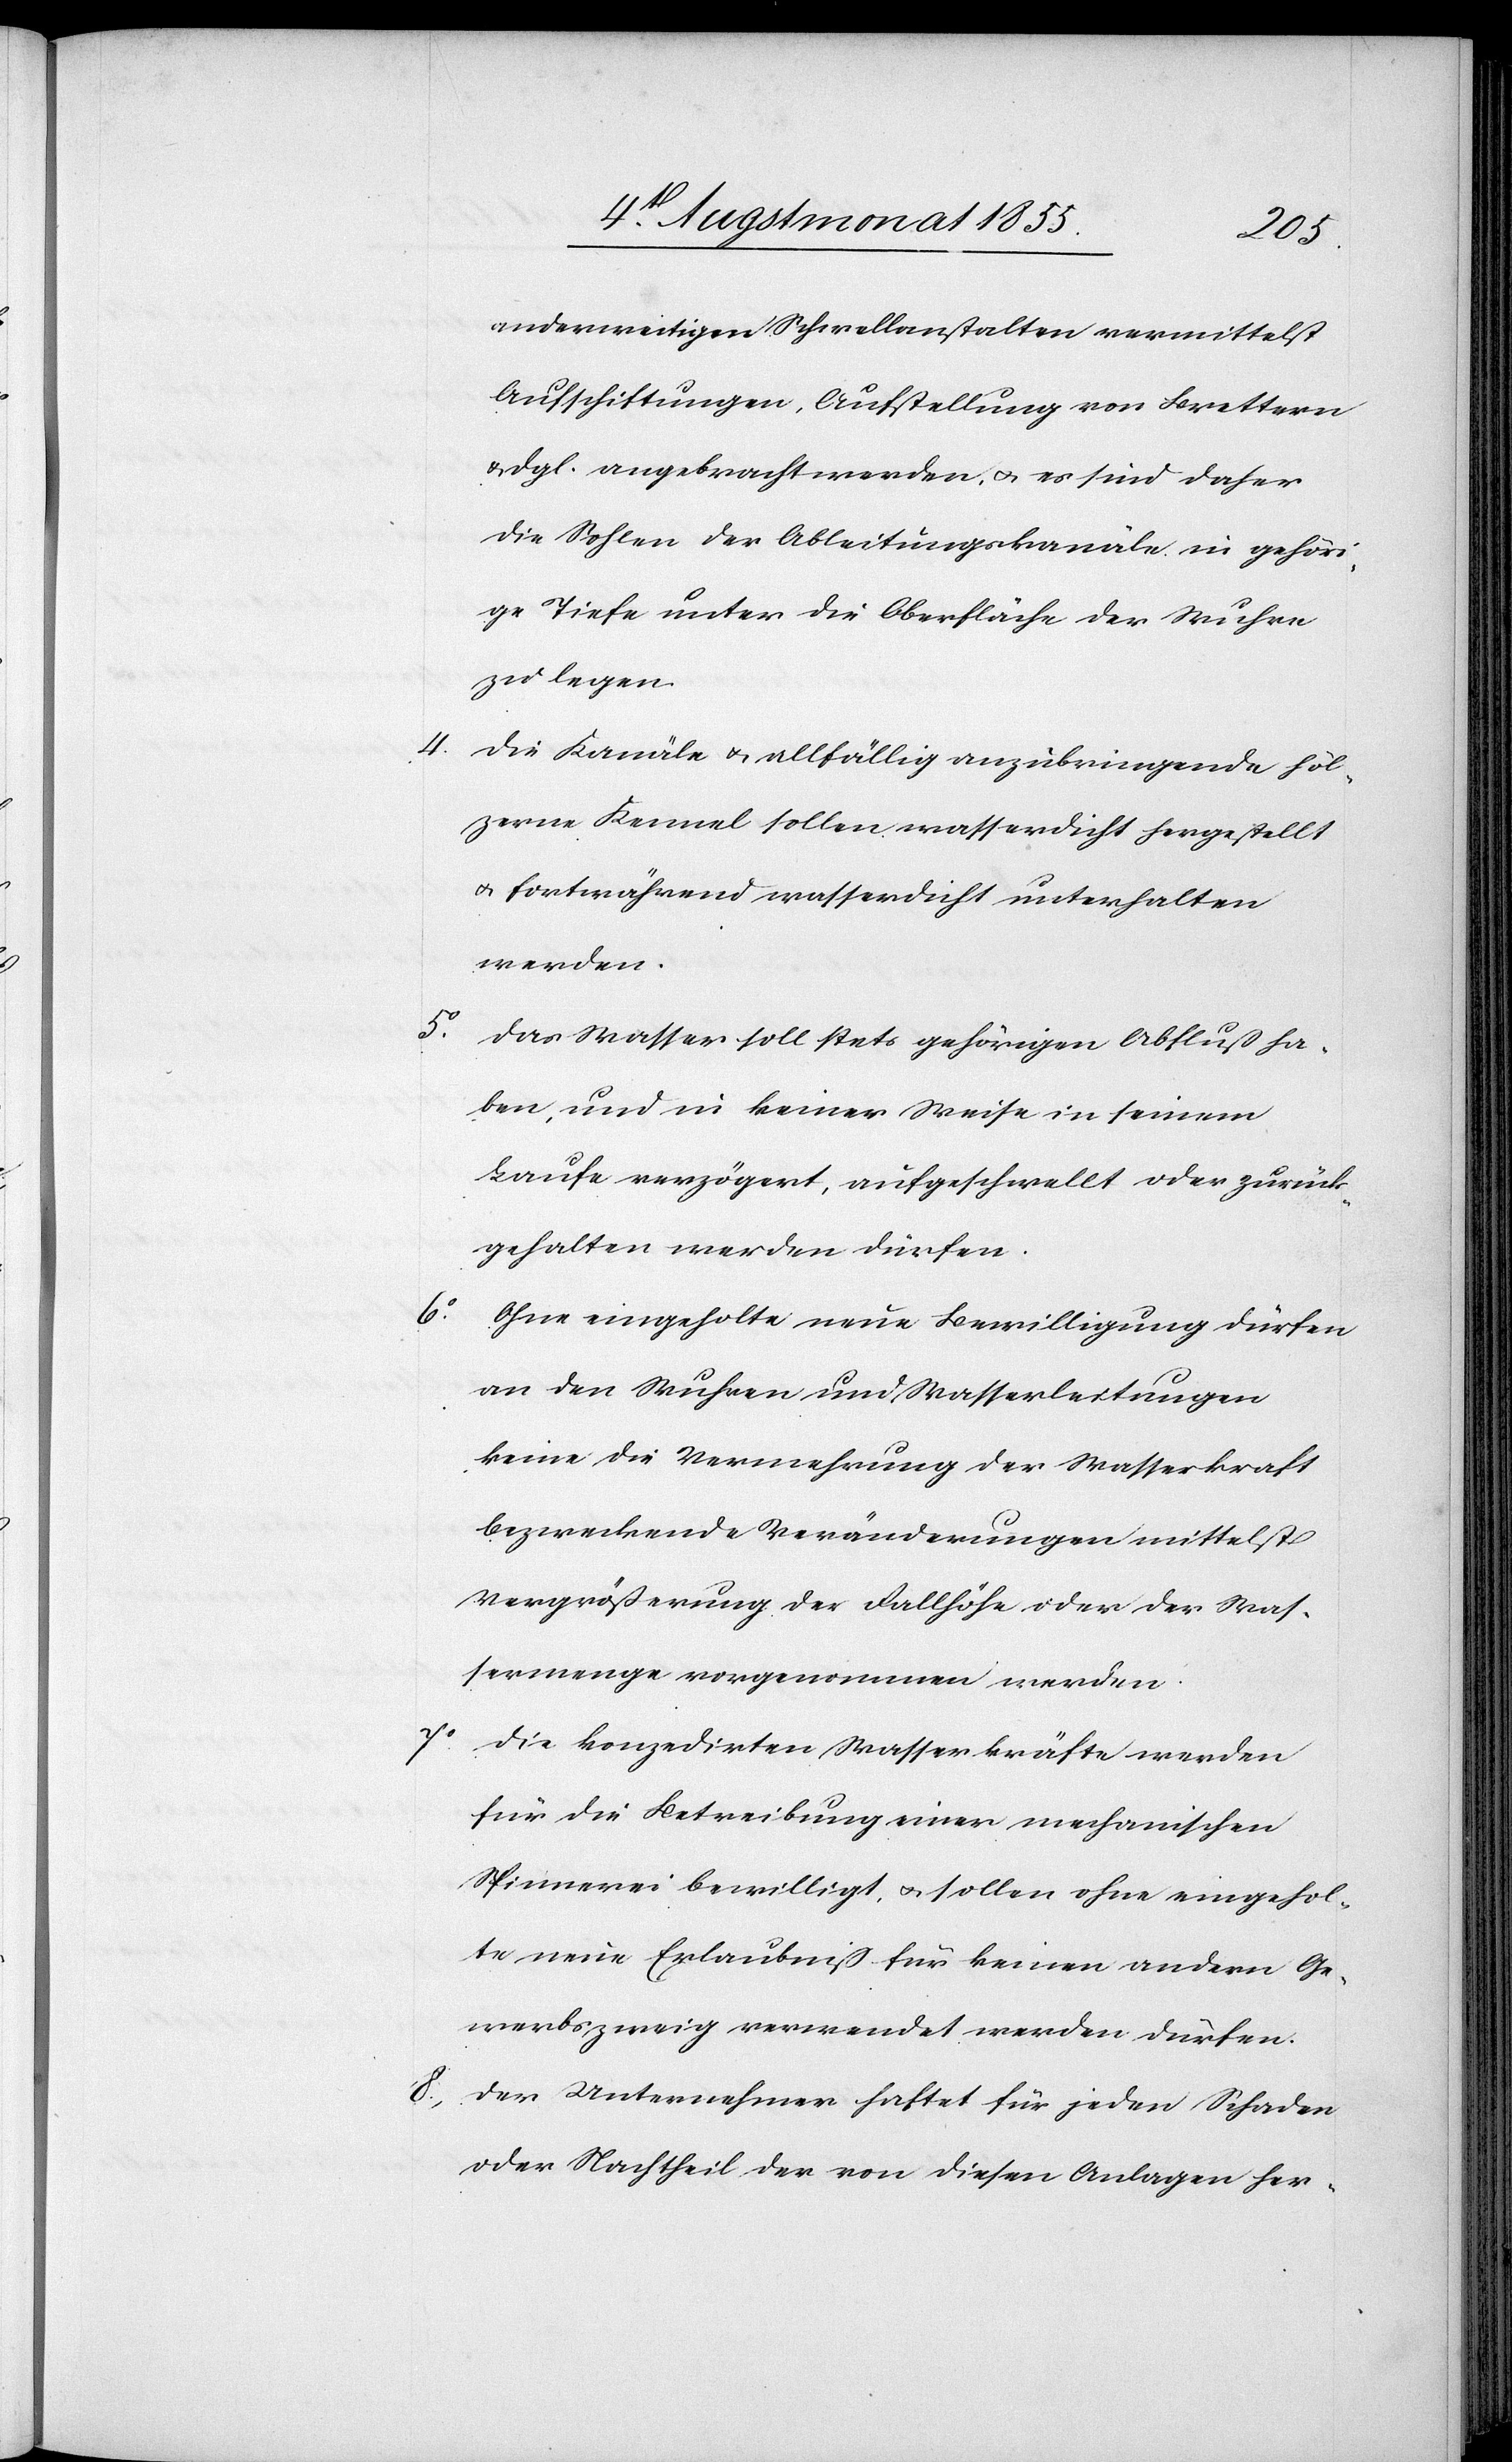
4.

8.,
anderweitigen Schwellanstalten vermittelst
Aufschiftungen, Aufstellung von Brettern
& dgl. angebracht werden, & es sind daher
die Sohlen der Ableitungskanäle in gehöri¬
ge Tiefe unter die Oberfläche der Wuhre
zu legen.
Die Kanäle & allfällig anzubringende höl¬
zerne Kennel sollen wasserdicht hergestellt
& fortwährend wasserdicht unterhalten
werden.
Das Wasser soll stets gehörigen Abfluß ha¬
ben, und in keiner Weise in seinem
Laufe verzögert, aufgeschwellt oder zurück¬
gehalten werden dürfen.
Ohne eingeholte neue Bewilligung dürfen
an den Wuhren und Wasserleitungen
keine die Vermehrung der Wasserkraft
bezweckende Veränderungen mittelst
Vergrößerung der Fallhöhe oder der Was¬
sermenge vorgenommen werden.
7.o
Die konzedirten Wasserkräfte werden
für die Betreibung einer mechanischen
Spinnerei bewilligt, & sollen ohne eingehol¬
te neue Erlaubniß für keinen andern Ge¬
werbszweig verwendet werden dürfen.
Der Unternehmer haftet für jeden Schaden
oder Nachtheil der von diesen Anlagen her-